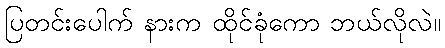
ပြတင်းပေါက် နားက ထိုင်ခုံကော ဘယ်လိုလဲ။